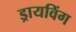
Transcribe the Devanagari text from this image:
ड्रायविंग